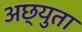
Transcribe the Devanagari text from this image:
अछ्युता